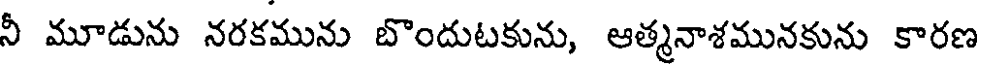
నీ మూడును నరకమును బొందుటకును, ఆత్మనాశమునకును కారణ